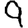
Digit: 9